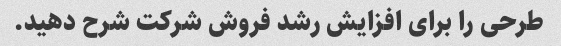
طرحی را برای افزایش رشد فروش شرکت شرح دهید.